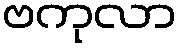
ဗကုလာ